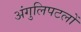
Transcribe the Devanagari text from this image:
अंगुलिपटलों